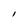
Character: l